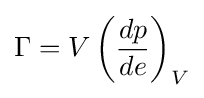
\Gamma =V\left({\frac {dp}{de}}\right)_{V}